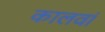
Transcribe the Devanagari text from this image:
कालवां